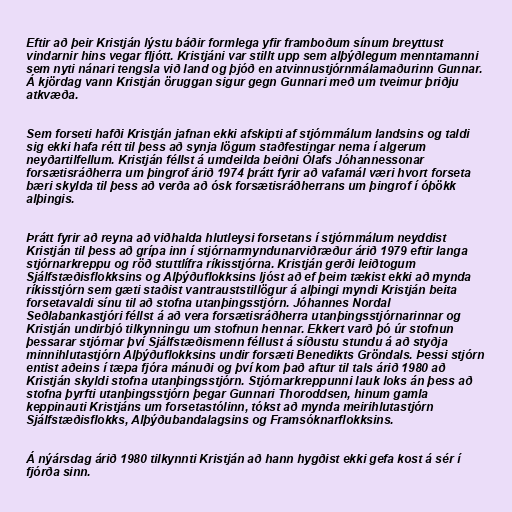
Eftir að þeir Kristján lýstu báðir formlega yfir framboðum sínum breyttust
vindarnir hins vegar fljótt. Kristjáni var stillt upp sem alþýðlegum menntamanni
sem nyti nánari tengsla við land og þjóð en atvinnustjórnmálamaðurinn Gunnar.
Á kjördag vann Kristján öruggan sigur gegn Gunnari með um tveimur þriðju
atkvæða.

Sem forseti hafði Kristján jafnan ekki afskipti af stjórnmálum landsins og taldi
sig ekki hafa rétt til þess að synja lögum staðfestingar nema í algerum
neyðartilfellum. Kristján féllst á umdeilda beiðni Ólafs Jóhannessonar
forsætisráðherra um þingrof árið 1974 þrátt fyrir að vafamál væri hvort forseta
bæri skylda til þess að verða að ósk forsætisráðherrans um þingrof í óþökk
alþingis.

Þrátt fyrir að reyna að viðhalda hlutleysi forsetans í stjórnmálum neyddist
Kristján til þess að grípa inn í stjórnarmyndunarviðræður árið 1979 eftir langa
stjórnarkreppu og röð stuttlífra ríkisstjórna. Kristján gerði leiðtogum
Sjálfstæðisflokksins og Alþýðuflokksins ljóst að ef þeim tækist ekki að mynda
ríkisstjórn sem gæti staðist vantrauststillögur á alþingi myndi Kristján beita
forsetavaldi sínu til að stofna utanþingsstjórn. Jóhannes Nordal
Seðlabankastjóri féllst á að vera forsætisráðherra utanþingsstjórnarinnar og
Kristján undirbjó tilkynningu um stofnun hennar. Ekkert varð þó úr stofnun
þessarar stjórnar því Sjálfstæðismenn féllust á síðustu stundu á að styðja
minnihlutastjórn Alþýðuflokksins undir forsæti Benedikts Gröndals. Þessi stjórn
entist aðeins í tæpa fjóra mánuði og því kom það aftur til tals árið 1980 að
Kristján skyldi stofna utanþingsstjórn. Stjórnarkreppunni lauk loks án þess að
stofna þyrfti utanþingsstjórn þegar Gunnari Thoroddsen, hinum gamla
keppinauti Kristjáns um forsetastólinn, tókst að mynda meirihlutastjórn
Sjálfstæðisflokks, Alþýðubandalagsins og Framsóknarflokksins.

Á nýársdag árið 1980 tilkynnti Kristján að hann hygðist ekki gefa kost á sér í
fjórða sinn.